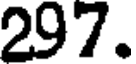
297.